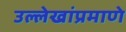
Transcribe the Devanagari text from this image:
उल्लेखांप्रमाणे